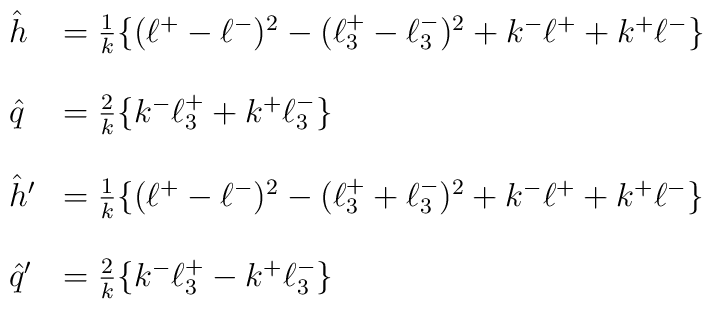
\begin{array}{ll}\hat{h}  & = \frac{1}{k} \{(\ell^{+} - \ell^{-})^{2} -(\ell^{+}_{3}-\ell^{-}_{3})^{2} + k^{-}\ell^{+} + k^{+}\ell^{-} \}   \\  &  \\\hat{q} & = \frac{2}{k} \{k^{-}\ell^{+}_{3} + k^{+}\ell^{-}_{3}\}    \\  &  \\\hat{h}^{\prime} & = \frac{1}{k} \{(\ell^{+} - \ell^{-})^{2}-(\ell^{+}_{3}+\ell^{-}_{3})^{2} +k^{-}\ell^{+} + k^{+}\ell^{-} \}  \\  &  \\\hat{q}^{\prime} & = \frac{2}{k} \{k^{-}\ell^{+}_{3} - k^{+}\ell^{-}_{3}\}\end{array}